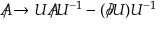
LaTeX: A \! \! \! / \rightarrow U A \! \! \! / U ^ { - 1 } - ( \partial \! \! \! / U ) U ^ { - 1 }